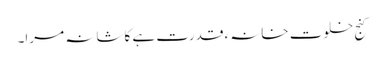
کنجِ خلوت خانہء قدرت ہے کاشانہ مرا۔